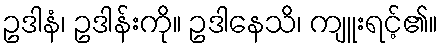
ဥဒါနံ၊ ဥဒါန်းကို။ ဥဒါနေသိ၊ ကျူးရင့်၏။